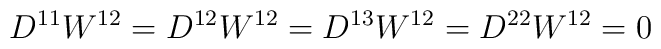
D^{11}W^{12} = D^{12}W^{12} = D^{13}W^{12} = D^{22}W^{12} =0